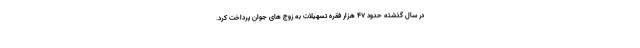
در سال گذشته حدود 47 هزار فقره تسهیلات به زوج های جوان پرداخت کرد.